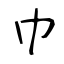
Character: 巾